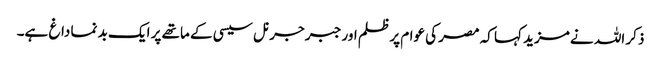
ذکر اللہ نے مزید کہا کہ مصر کی عوام پر ظلم اور جبر جرنل سیسی کے ماتھے پر ایک بد نما داغ ہے۔